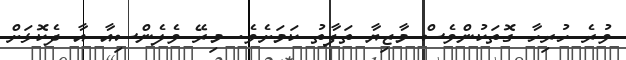
ވުރެ ހުރިހާ ގޮތަކުންވެސް މާޒިޔާ ތަފާތު ކަމަށެވެ. މިރޭ ވެލެންސިއާ އާ ދެކޮޅަށް